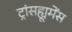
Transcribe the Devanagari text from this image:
ट्रांसह्यूमेंस